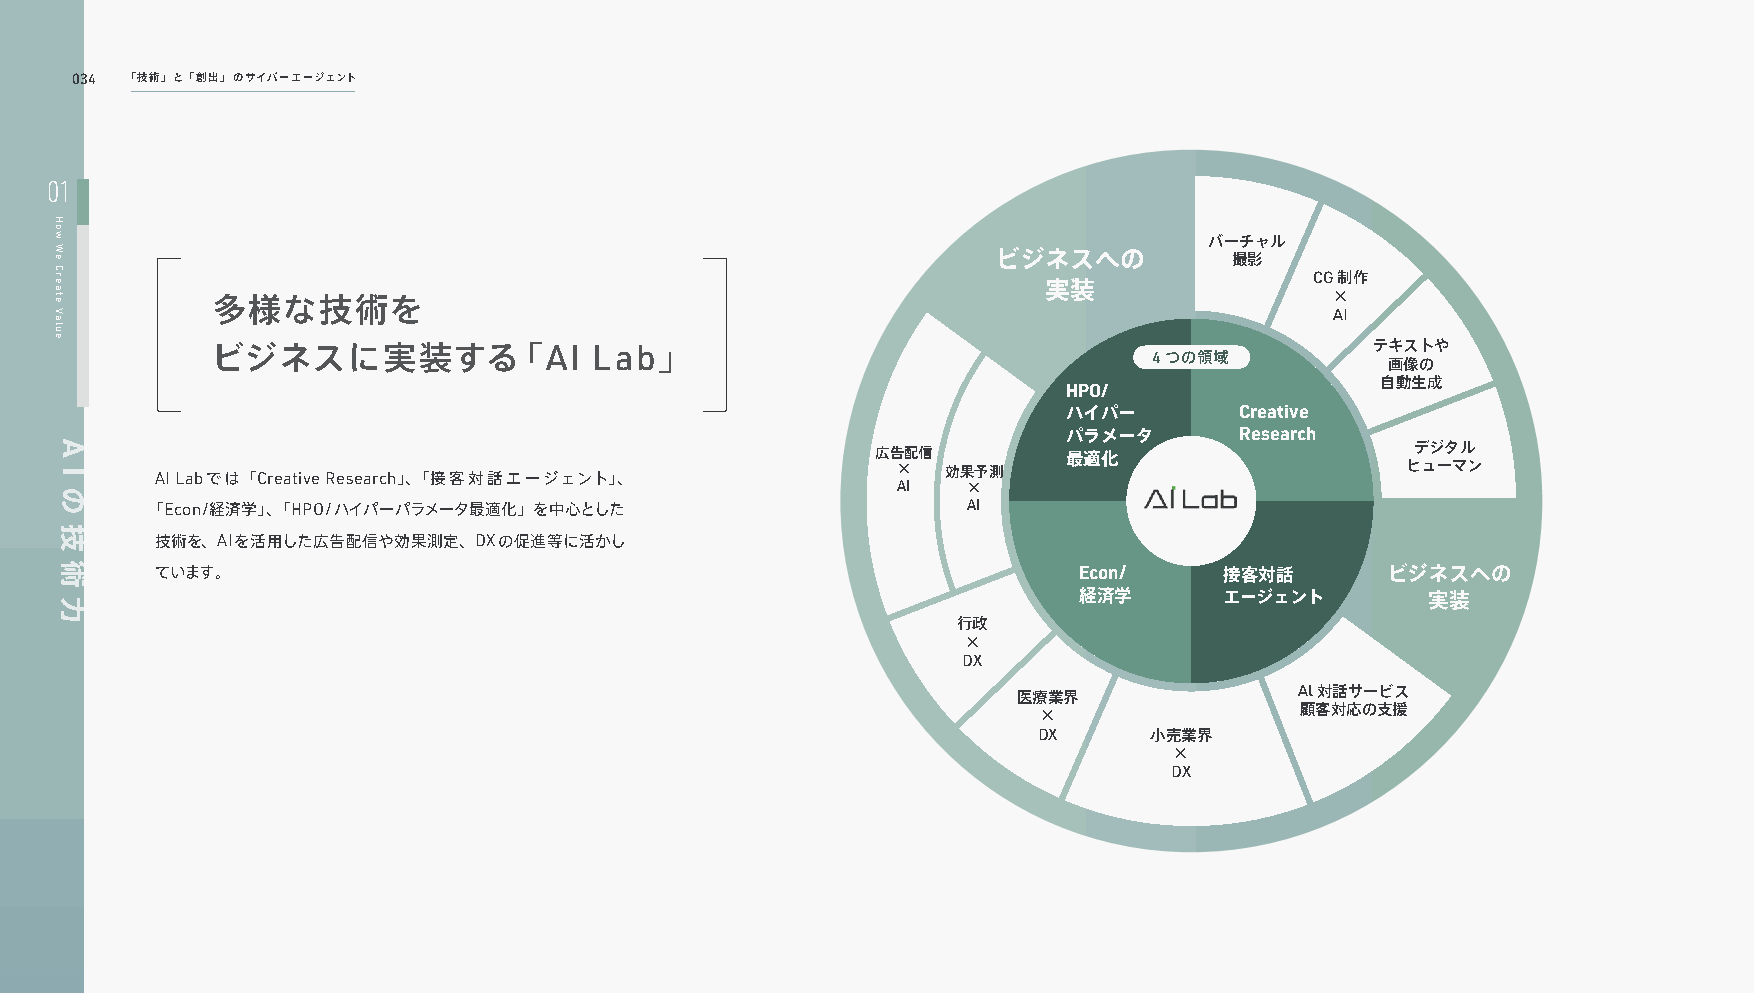
034 「技術」と「創出」のサイバーエージェント
 01
 バーチャル
 ビジネスへの          撮影
 CG制作
 実装
 多様な技術を                                                                    ×
 AI
 ビジネスに実装する「AI             Lab」                                                テキストや
 4つの領域
 画像の
 自動生成
 HPO/
 ハイパー       Creative
 パラメータ      Research
 広告配信         最適化                    デジタル
 AI Labでは「Creative Research」、「接客対話エージェント」、        ×   効果予測                          ヒューマン
 AI   ×
 「Econ/経済学」、「HPO/ハイパーパラメータ最適化」を中心とした                   AI
 技術を、AIを活用した広告配信や効果測定、DXの促進等に活かし
 ています。                                                        Econ/     接客対話       ビジネスへの
 経済学       エージェント        実装
 行政
 ×
 DX
 医療業界
 Al対話サービス
 ×                顧客対応の支援
 DX     小売業界
 ×
 DX
 How
 We
 Create
 Value
 A
 I
 の
 技
 術
 力